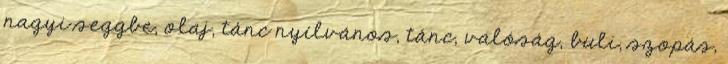
nagyi seggbe, olaj, tánc nyílvános, tánc, valóság, buli, szopás,